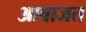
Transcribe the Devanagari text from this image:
आवाजत